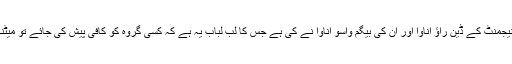
یہ تحقیق یونیورسٹی میں شعبہ مینیجمنٹ کے ڈین راؤ اناوا اور ان کی بیگم واسو اناوا نے کی ہے جس کا لبِ لباب یہ ہے کہ کسی گروہ کو کافی پیش کی جائے تو میٹنگ بہت ثمرآورثابت ہوسکتی ہے۔